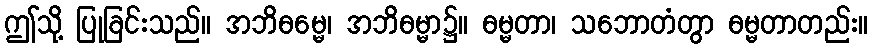
ဤသို့ ပြုခြင်းသည်။ အဘိဓမ္မေ၊ အဘိဓမ္မာ၌။ ဓမ္မတာ၊ သဘောတံတွာ ဓမ္မတာတည်း။